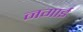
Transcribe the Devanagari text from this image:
नगाई